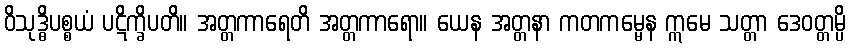
ဝိသုဒ္ဓိပစ္စယံ ပဋိက္ခိပတိ။ အတ္တကာရေတိ အတ္တကာရော။ ယေန အတ္တနာ ကတကမ္မေန ဣမေ သတ္တာ ဒေဝတ္တမ္ပိ